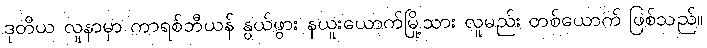
ဒုတိယ လူနာမှာ ကာရစ်ဘီယန် နွယ်ဖွား နယူးယောက်မြို့သား လူမည်း တစ်ယောက် ဖြစ်သည်။